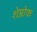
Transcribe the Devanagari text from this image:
शेम्रोक